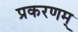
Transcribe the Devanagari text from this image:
प्रकरणम्‌